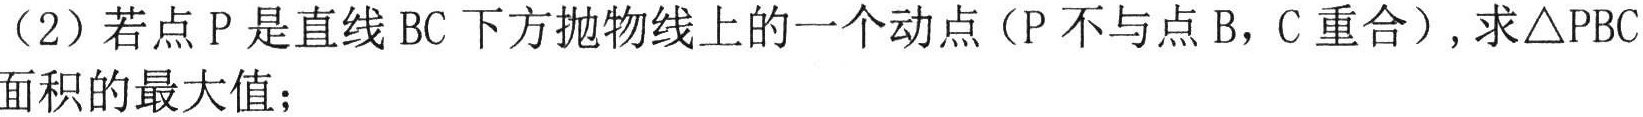
（2）若点\(P\)是直线\(BC\)下方抛物线上的一个动点（\(P\)不与点\(B\)，\(C\)重合）,求\(\triangle PBC\)面积的最大值；